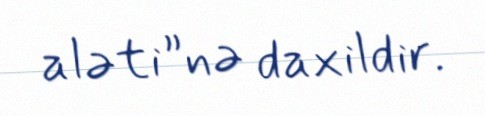
aləti”nə daxildir.